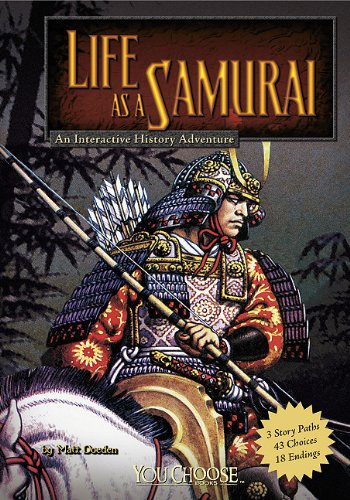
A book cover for Life as a Samurai: An Interactive History Adventure (You Choose: Warriors); Matt Doeden; Children's Books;